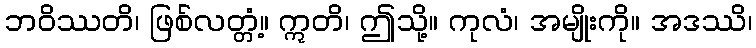
ဘဝိဿတိ၊ ဖြစ်လတ္တံ့။ ဣတိ၊ ဤသို့။ ကုလံ၊ အမျိုးကို။ အဒဿိ၊